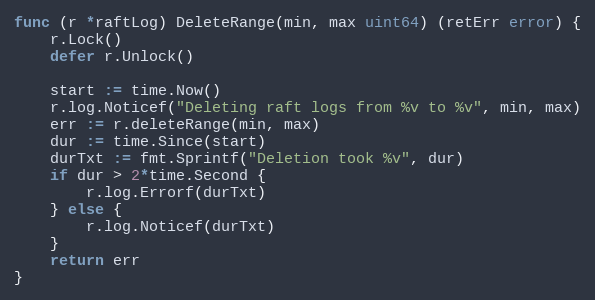
Language: Go
func (r *raftLog) DeleteRange(min, max uint64) (retErr error) {
	r.Lock()
	defer r.Unlock()

	start := time.Now()
	r.log.Noticef("Deleting raft logs from %v to %v", min, max)
	err := r.deleteRange(min, max)
	dur := time.Since(start)
	durTxt := fmt.Sprintf("Deletion took %v", dur)
	if dur > 2*time.Second {
		r.log.Errorf(durTxt)
	} else {
		r.log.Noticef(durTxt)
	}
	return err
}